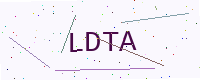
Text: LDTA